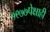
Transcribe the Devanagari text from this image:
१९७७पेक्षाही